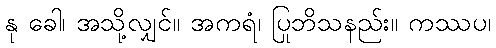
နု ခေါ၊ အသို့လျှင်။ အကရံ၊ ပြုဘိသနည်း။ ကဿပ၊